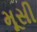
મૂસી